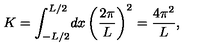
K = \int _ { - L / 2 } ^ { L / 2 } \! d x \left( \frac { 2 \pi } { L } \right) ^ { 2 } = \frac { 4 \pi ^ { 2 } } L ,